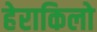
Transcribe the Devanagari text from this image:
हेराकिलो